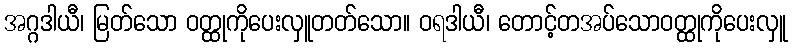
အဂ္ဂဒါယီ၊ မြတ်သော ဝတ္ထုကိုပေးလှူတတ်သော။ ဝရဒါယီ၊ တောင့်တအပ်သောဝတ္ထုကိုပေးလှူ